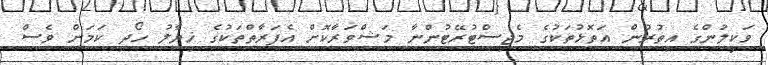
ވަކީލުންގެ އިތުރުން އަތޮޅުތަކުގެ މެޖިސްޓުރޭޓުންނާ މަޝްވަރާކޮށް އެފަރާތްތަކުގެ ޚިޔާލު ހޯދި ކަމަށް ވެސް